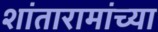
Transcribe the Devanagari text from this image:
शांतारामांच्या